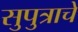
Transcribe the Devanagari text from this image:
सुपुत्राचे